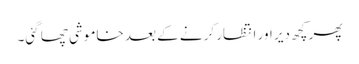
پھر کچھ دیر اور انتظار کرنے کے بعد خاموشی چھا گئی۔